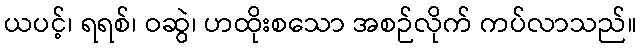
ယပင့်၊ ရရစ်၊ ဝဆွဲ၊ ဟထိုးစသော အစဉ်လိုက် ကပ်လာသည်။